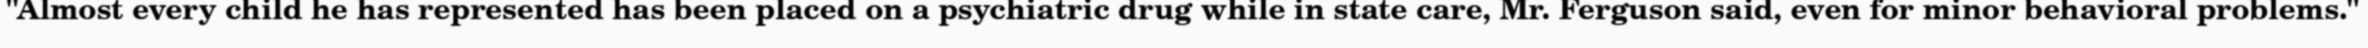
"Almost every child he has represented has been placed on a psychiatric drug while in state care, Mr. Ferguson said, even for minor behavioral problems."